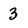
Character: 3